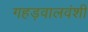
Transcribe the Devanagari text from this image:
गहड़वालवंशी